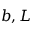
b , L